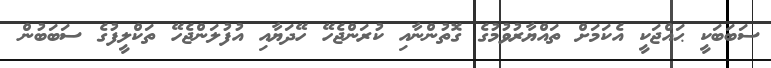
ސަބަބަކީ ޙައްޖަކީ އެކަމަށް ތައްޔާރުވުމުގެ ގޮތުންނާއި ކުރަންޖެހޭ ހޭދަޔާއި އުފުލަންޖެހޭ ތަކްލީފުގެ ސަބަބުން